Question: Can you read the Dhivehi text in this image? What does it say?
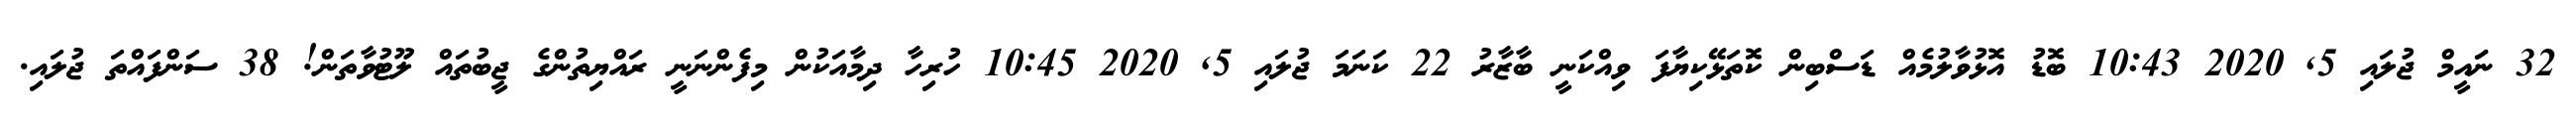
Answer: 32 ނަައީމް ޖުލައި 5, 2020 10:43 ބޮޑު އޮޅުވާލުމެއް ޑަސްބިން ކޮތަޅޭކިޔާފަ ވިއްކަނީ ބާޒާރު 22 ކަނަމަ ޖުލައި 5, 2020 10:45 ހުރިހާ ދިމާއަކުން މިފެންނަނީ ރައްޔިތުންގެ ޖީބުތައް ލޫޓުވާތަން! 38 ސަންފައްތަ ޖުލައި.